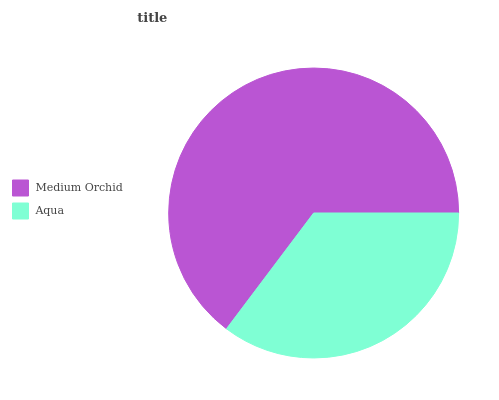
| Medium Orchid | Aqua |
 | --- | --- |
 | 64.7% | 35.3% |